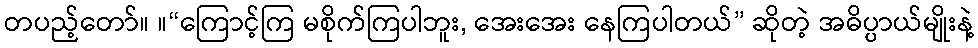
တပည့်တော်။ ။“ကြောင့်ကြ မစိုက်ကြပါဘူး, အေးအေး နေကြပါတယ်” ဆိုတဲ့ အဓိပ္ပာယ်မျိုးနဲ့